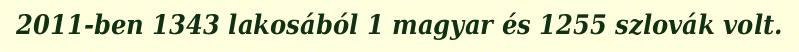
2011-ben 1343 lakosából 1 magyar és 1255 szlovák volt.